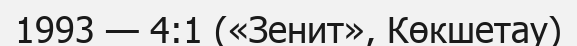
1993 — 4:1 («Зенит», Көкшетау)